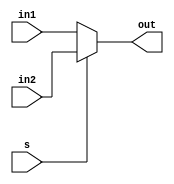
module mux # (parameter bits = 9)(
    in1,
    in2,
    s,
    out
);
    input [bits-1:0] in1;
    input [bits-1:0] in2;
    input s;
    output[bits-1:0] out;
    assign out = s? in2: in1;
endmodule